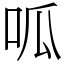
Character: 呱